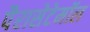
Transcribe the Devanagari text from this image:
पैरासेटेमॉल